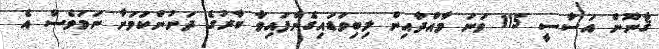
ޤާނޫން އަސާސީ 115 ވަނަ މާއްދާއިން ލިބިވަޑައިގެންފައިވާ ބާރުގެ ދަށުންކަމަށާ ނަމަވެސް އެ